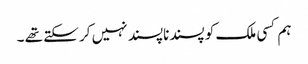
ہم کسی ملک کو پسندناپسند نہیں کر سکتے تھے ۔